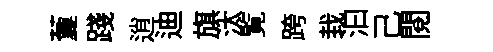
藑踐逍迪旗汰覧跨㘽汩己閲